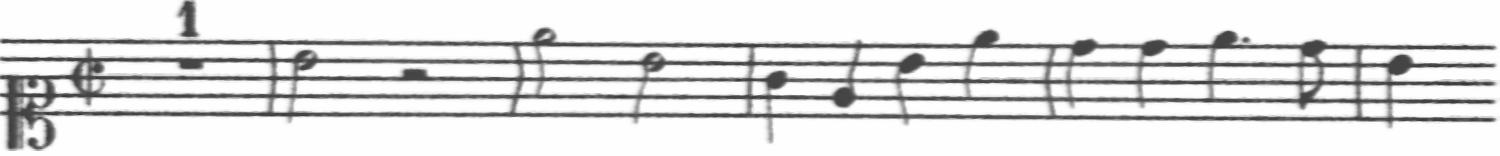
Transcription: clef-C1 timeSignature-C/ multirest-1 barline note-B4_half rest-half barline note-E5_half note-B4_half barline note-G4_quarter note-E4_quarter note-B4_quarter note-E5_quarter barline note-D5_quarter note-D5_quarter note-E5_quarter. note-D5_eighth barline note-B4_quarter